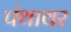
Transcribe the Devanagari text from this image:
पंथावर